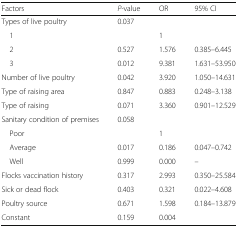
<table><thead><tr><td><b>Factors</b></td><td><b><i>P-</i>value</b></td><td><b>OR</b></td><td><b>95% CI</b></td></tr></thead><tbody><tr><td>Types of live poultry</td><td>0.037</td><td></td><td></td></tr><tr><td> 1</td><td></td><td>1</td><td></td></tr><tr><td> 2</td><td>0.527</td><td>1.576</td><td>0.385–6.445</td></tr><tr><td> 3</td><td>0.012</td><td>9.381</td><td>1.631–53.950</td></tr><tr><td>Number of live poultry</td><td>0.042</td><td>3.920</td><td>1.050–14.631</td></tr><tr><td>Type of raising area</td><td>0.847</td><td>0.883</td><td>0.248–3.138</td></tr><tr><td>Type of raising</td><td>0.071</td><td>3.360</td><td>0.901–12.529</td></tr><tr><td>Sanitary condition of premises</td><td>0.058</td><td></td><td></td></tr><tr><td> Poor</td><td></td><td>1</td><td></td></tr><tr><td> Average</td><td>0.017</td><td>0.186</td><td>0.047–0.742</td></tr><tr><td> Well</td><td>0.999</td><td>0.000</td><td>–</td></tr><tr><td>Flocks vaccination history</td><td>0.317</td><td>2.993</td><td>0.350–25.584</td></tr><tr><td>Sick or dead flock</td><td>0.403</td><td>0.321</td><td>0.022–4.608</td></tr><tr><td>Poultry source</td><td>0.671</td><td>1.598</td><td>0.184–13.879</td></tr><tr><td>Constant</td><td>0.159</td><td>0.004</td><td></td></tr></tbody></table>